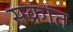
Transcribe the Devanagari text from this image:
सक्रांत